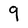
Character: 9